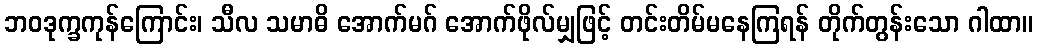
ဘဝဒုက္ခကုန်ကြောင်း၊ သီလ သမာဓိ အောက်မဂ် အောက်ဖိုလ်မျှဖြင့် တင်းတိမ်မနေကြရန် တိုက်တွန်းသော ဂါထာ။